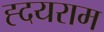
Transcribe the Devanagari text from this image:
ह्दयराम